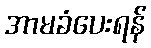
အာမခံပေးရန်